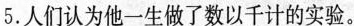
5.人们认为他一生做了数以千计的实验。